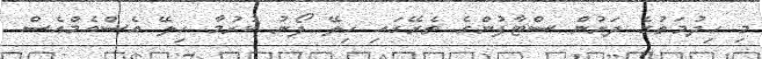
މި ހިދުމަތުގެ ދަށުން ސްޓާފުންގެ ތެރޭގައި ހިލޭ ފޯނު ކުރުމާ ހިލޭ އެސްއެމްއެސް